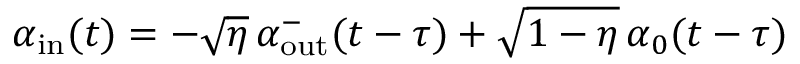
\alpha _ { \mathrm { i n } } ( t ) = - \sqrt { \eta } \, \alpha _ { \mathrm { o u t } } ^ { - } ( t - \tau ) + \sqrt { 1 - \eta } \, \alpha _ { 0 } ( t - \tau )